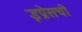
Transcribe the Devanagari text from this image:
इप्रेसची